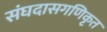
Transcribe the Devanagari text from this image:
संघदासगणिकृत